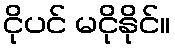
ငိုပင် မငိုနိုင်။